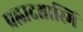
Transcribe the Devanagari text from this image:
प्रह्लादश्चास्मि